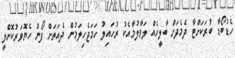
ހެޑުބޯޑާ ބުރަކަށްޓާ ދެމެދަށް ބާލީހެއް ލަވާލުމާއެކު ރުހައިލު ހަމަޖެހިލަމުން ދެއަތަށް ފޯނު ހެޔޮވަރުކޮށްލީ